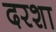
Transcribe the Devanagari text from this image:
दरशा